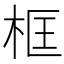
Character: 框